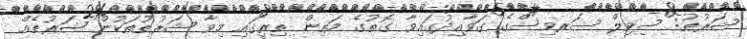
ޝަރުޠު: ސިވިލް ސަރވިސްގެ ގަވާއިދުގައިވާ ގޮތުގެ މަތިން ތިރީގައި މިވާ ޝަރުޠުތަކުން ޝަރުޠެއް